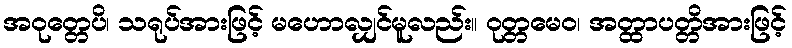
အဝုတ္တေပိ၊ သရုပ်အားဖြင့် မဟောလျှင်မူလည်း။ ဝုတ္တမေဝ၊ အတ္ထာပတ္တိအားဖြင့်